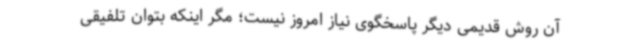
آن روش قدیمی دیگر پاسخگوی نیاز امروز نیست؛ مگر اینکه بتوان تلفیقی